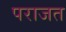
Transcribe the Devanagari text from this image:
पराजत